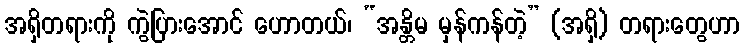
အရှိတရားကို ကွဲပြားအောင် ဟောတယ်၊ “အန္တိမ မှန်ကန်တဲ့” (အရှိ) တရားတွေဟာ